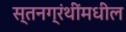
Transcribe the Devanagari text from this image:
स्तनग्रंथींमधील